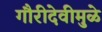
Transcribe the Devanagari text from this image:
गौरीदेवीमुळे